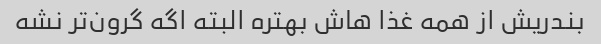
بندریش از همه غذا هاش بهتره البته اگه گرون‌تر نشه